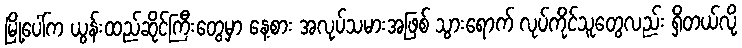
မြို့ပေါ်က ယွန်းထည်ဆိုင်ကြီးတွေမှာ နေ့စား အလုပ်သမားအဖြစ် သွားရောက် လုပ်ကိုင်သူတွေလည်း ရှိတယ်လို့